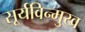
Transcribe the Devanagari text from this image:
सूर्यविन्मुख